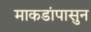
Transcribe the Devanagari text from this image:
माकडांपासुन